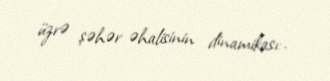
üzrə şəhər əhalisinin dinamikası:.